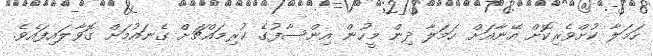
ހަމަލާ ކުށްވެރިކޮށް އޭނާއަށް ހަމަލާ ދިން މީހުން އިންސާފުގެ ކުރިމައްޗަށް ގެނައުމަށް ގޮވާލައިފައެވެ.